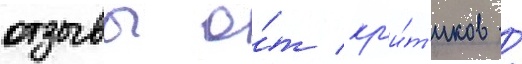
отзывы о́т кр'и́т'иков /